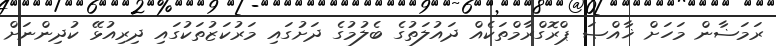
ރަމަޟާން މަހަށް ޚާއްޞަ ޕްރޮގްރާމްތަކެއް ދައުލަތުގެ ބެލުމުގެ ދަށުގައި މަރުކަޒުތަކުގައި ދިރިއުޅޭ ކުދިންނަށް